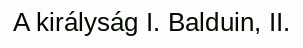
A királyság I. Balduin, II.